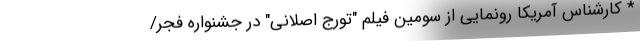
* کارشناس آمریکا رونمایی از سومین فیلم "تورج اصلانی" در جشنواره فجر/